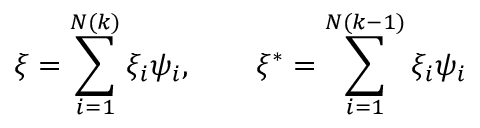
\xi = \sum _ { i = 1 } ^ { N ( k ) } \xi _ { i } \psi _ { i } , \qquad \xi ^ { * } = \sum _ { i = 1 } ^ { N ( k - 1 ) } \xi _ { i } \psi _ { i }